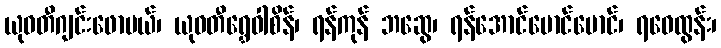
ယုဝတီဂျင်းဖောမယ်၊ ယုဝတီရွှေဝါစိန်၊ ရန်ကုန် ဘဆွေ၊ ရန်အောင်မောင်မောင်၊ ရဝေထွန်း၊